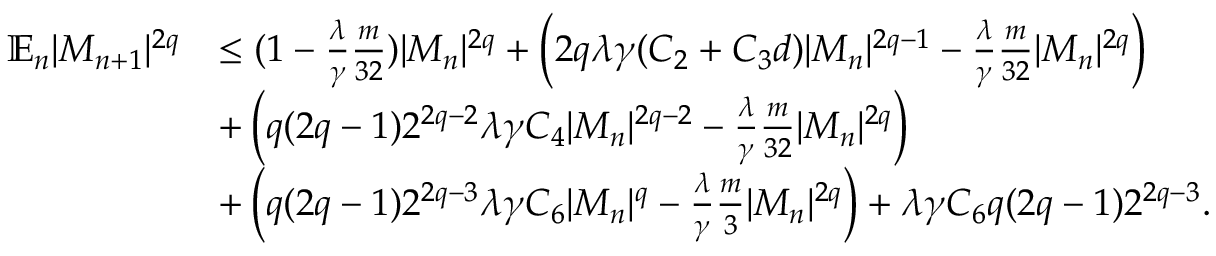
\begin{array} { r l } { \mathbb { E } _ { n } | M _ { n + 1 } | ^ { 2 q } } & { \leq ( 1 - \frac \lambda \gamma \frac { m } { 3 2 } ) | M _ { n } | ^ { 2 q } + \left( 2 q \lambda \gamma ( C _ { 2 } + C _ { 3 } d ) | M _ { n } | ^ { 2 q - 1 } - \frac \lambda \gamma \frac { m } { 3 2 } | M _ { n } | ^ { 2 q } \right) } \\ & { + \left( q ( 2 q - 1 ) 2 ^ { 2 q - 2 } \lambda \gamma C _ { 4 } | M _ { n } | ^ { 2 q - 2 } - \frac \lambda \gamma \frac { m } { 3 2 } | M _ { n } | ^ { 2 q } \right) } \\ & { + \left( q ( 2 q - 1 ) 2 ^ { 2 q - 3 } \lambda \gamma C _ { 6 } | M _ { n } | ^ { q } - \frac { \lambda } { \gamma } \frac { m } { 3 } | M _ { n } | ^ { 2 q } \right) + \lambda \gamma C _ { 6 } q ( 2 q - 1 ) 2 ^ { 2 q - 3 } . } \end{array}